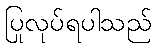
ပြုလုပ်ရပါသည်